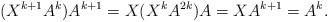
LaTeX: \begin{align*} (X^{k+1}A^{k})A^{k+1}=X(X^{k}A^{2k})A=XA^{k+1}=A^{k}.\end{align*}